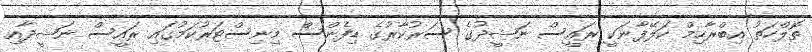
ތޮލްހަތު އިބްރާހިމް ކަލޭފާނަކީ ރައީސް ނަޝީދުގެ ސަރުކާރުގެ ޑިފެންސް މިނިސްޓަރުކަމުގައި ރައީސް ނަޝީދާއި